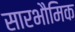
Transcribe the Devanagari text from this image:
सारभौमिक